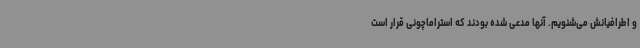
و اطرافیانش می‌شنویم. آنها مدعی شده بودند که استراماچونی قرار است